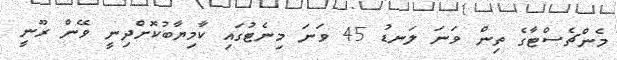
މެންޗެސްޓާގެ ތިން ވަނަ ލަނޑު 45 ވަނަ މިނެޓުގައި ކާމިޔާބުކޮށްދިނީ ވޭން ރޫނީ